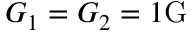
G _ { 1 } = G _ { 2 } = 1 \mathrm { G }